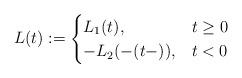
LaTeX: \begin{align*} L(t) := \begin{cases} L_1(t), & t \geq 0\\-L_2(-(t-)), & t<0 \end{cases}\end{align*}